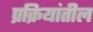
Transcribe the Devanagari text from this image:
प्रक्रियांतील